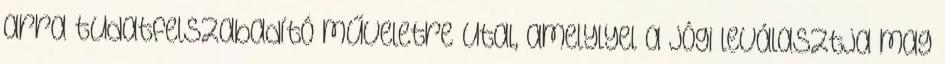
arra tudatfelszabadító műveletre utal, amelylyel a jógi leválasztja mag